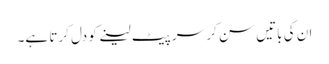
ان کی باتیں سن کر سر پیٹ لینے کو دل کرتا ہے۔